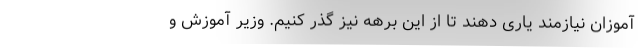
آموزان نیازمند یاری دهند تا از این برهه نیز گذر کنیم. وزیر آموزش و